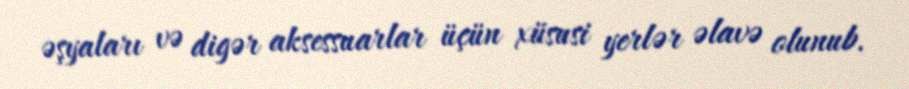
əşyaları və digər aksessuarlar üçün xüsusi yerlər əlavə olunub.